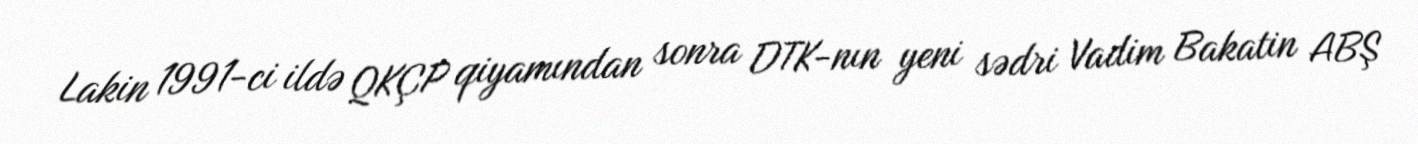
Lakin 1991-ci ildə QKÇP qiyamından sonra DTK-nın yeni sədri Vadim Bakatin ABŞ